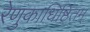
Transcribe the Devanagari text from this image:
रेणुकाधिष्ठितम्‌